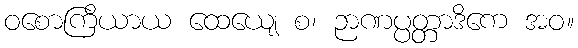
ဝစောကြိယာယ ထေယျေ စ၊ ဉာဏပ္ပတ္တာဒိကေ အဝ။